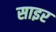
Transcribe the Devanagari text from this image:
साइर